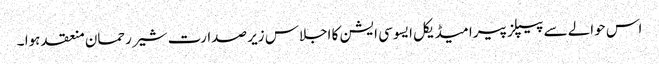
اس حوالے سے پیپلز پیرا میڈیکل ایسوسی ایشن کا اجلاس زیر صدارت شیر رحمان منعقد ہوا ۔